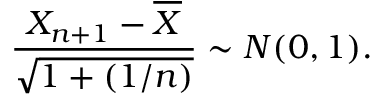
{ \frac { X _ { n + 1 } - { \overline { { X } } } } { \sqrt { 1 + ( 1 / n ) } } } \sim N ( 0 , 1 ) .